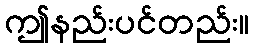
ဤနည်းပင်တည်း။